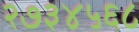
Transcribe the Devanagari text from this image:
२७३४५६८